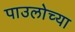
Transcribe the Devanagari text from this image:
पाउलोच्या